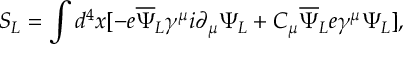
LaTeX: S _ { L } = \int d ^ { 4 } x [ - e { \overline { { \Psi } } } _ { L } \gamma ^ { \mu } i \partial _ { \mu } \Psi _ { L } + C _ { \mu } { \overline { { \Psi } } } _ { L } e \gamma ^ { \mu } \Psi _ { L } ] ,